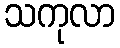
သကုလာ